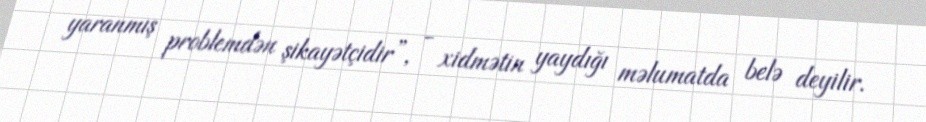
yaranmış problemdən şikayətçidir”, - xidmətin yaydığı məlumatda belə deyilir.